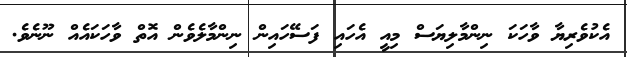
އެކުވެރިޔާ ވާހަކަ ނިންމާލިޔަސް މިއީ އެހައި ފަސޭހައިން ނިންމާލެވެން އޮތް ވާހަކައެއް ނޫނެވެ.